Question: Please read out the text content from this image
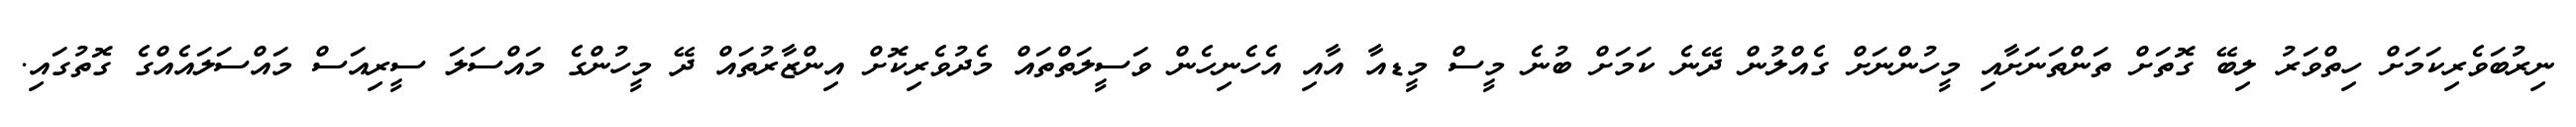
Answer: ނިރުބަވެރިކަމަށް ހިތްވަރު ލިބޭ ގޮތަށް ތަންތަނަށާއި މީހުންނަށް ގެއްލުން ދޭނެ ކަމަށް ބުނެ މީސް މީޑއާ އާއި އެހެނިހެން ވަސީލަތްތައް މެދުވެރިކޮށް އިންޒާރުތައް ދޭ މީހުންގެ މައްސަލަ ސީރިއަސް މައްސަލައެއްގެ ގޮތުގައި.